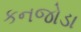
કનજોડા